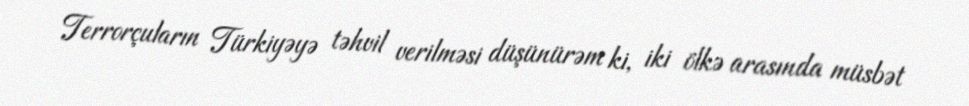
Terrorçuların Türkiyəyə təhvil verilməsi düşünürəm ki, iki ölkə arasında müsbət